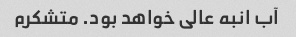
آب انبه عالی خواهد بود. متشکرم